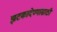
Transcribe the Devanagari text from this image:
झटकादेण्यासाठी